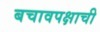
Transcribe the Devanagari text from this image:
बचावपक्षाची